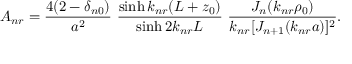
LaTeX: A _ { n r } = { \frac { 4 ( 2 - \delta _ { n 0 } ) } { a ^ { 2 } } } \, \, { \frac { \sinh k _ { n r } ( L + z _ { 0 } ) } { \sinh 2 k _ { n r } L } } \, \, { \frac { J _ { n } ( k _ { n r } \rho _ { 0 } ) } { k _ { n r } [ J _ { n + 1 } ( k _ { n r } a ) ] ^ { 2 } } } .